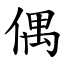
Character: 偶